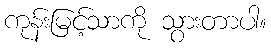
ကုန်းမြင့်သာကို သွားတာပါ။